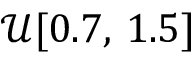
\mathcal { U } [ 0 . 7 , \, 1 . 5 ]